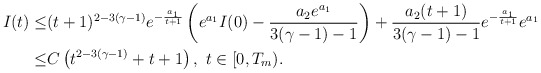
\begin{align*}I(t)\leq & (t+1)^{2-3(\gamma-1)}e^{-\frac{a_1}{t+1}}\left(e^{a_1}I(0)-\frac{a_2e^{a_1}}{3(\gamma-1)-1}\right) +\frac{a_2(t+1)}{ 3(\gamma-1)-1} e^{-\frac{a_1}{t+1}} e^{a_1}\\\displaystyle\leq & C\left(t^{2-3(\gamma-1)}+ t+1\right), \ t\in [0,T_m).\end{align*}